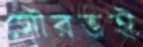
সৌরভই